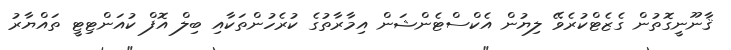
ޤާނޫނީގޮތުން ގެޒެޓްކުރެވޭ ލިޔުން އެކްސްޓެންޝަން އިމާރާތުގެ ކުރެހުންތަކާއި ބިލް އޮފް ކުއަންޓިޓީ ތައްޔާރު